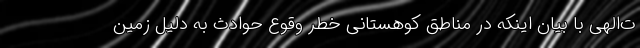
ت‌الهی با بیان اینکه در مناطق کوهستانی خطر وقوع حوادث به دلیل زمین